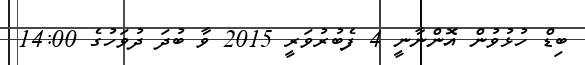
ބިޑް ހުޅުވުން އޮންނާނީ 4 ފެބުރުވަރީ 2015 ވާ ބުދަ ދުވަހުގެ 14:00